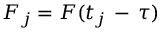
F _ { j } = F ( t _ { j } \, - \, \tau )